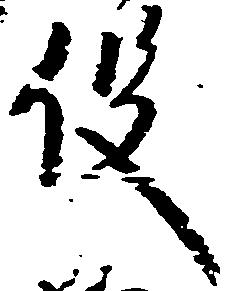
役